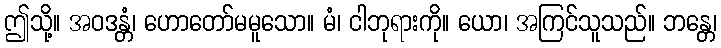
ဤသို့။ အဝဒန္တံ၊ ဟောတော်မမူသော။ မံ၊ ငါဘုရားကို။ ယော၊ အကြင်သူသည်။ ဘန္တေ၊